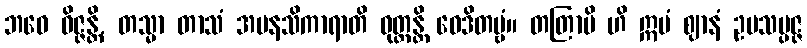
ဘဝေ ဝိဇ္ဇန္တိ, တသ္မာ တာသံ အမနသိကာရာတိ ဝုတ္တန္တိ ဝေဒိတဗ္ဗံ။ တတြာပိ ဟိ ဣမံ ဈာနံ ဥပသမ္ပဇ္ဇ